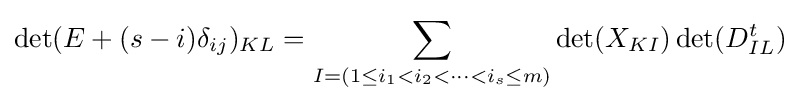
\det(E+(s-i)\delta _{ij})_{KL}=\sum _{I=(1\leq i_{1}<i_{2}<\cdots <i_{s}\leq m)}\det(X_{KI})\det(D_{IL}^{t})